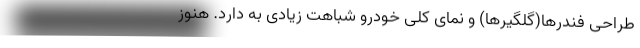
طراحی فندرها(گلگیرها) و نمای کلی خودرو شباهت زیادی به دارد. هنوز